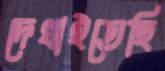
দেখাইতেছি